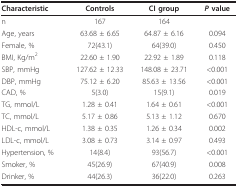
<table><thead><tr><td><b>Characteristic</b></td><td><b>Controls</b></td><td><b>CI group</b></td><td><b><i>P </i>value</b></td></tr></thead><tbody><tr><td>n</td><td>167</td><td>164</td><td></td></tr><tr><td>Age, years</td><td>63.68 ± 6.65</td><td>64.87 ± 6.16</td><td>0.094</td></tr><tr><td>Female, %</td><td>72(43.1)</td><td>64(39.0)</td><td>0.450</td></tr><tr><td>BMI, Kg/m<sup>2</sup></td><td>22.60 ± 1.90</td><td>22.92 ± 1.89</td><td>0.118</td></tr><tr><td>SBP, mmHg</td><td>127.62 ± 12.33</td><td>148.08 ± 23.71</td><td>&lt;0.001</td></tr><tr><td>DBP, mmHg</td><td>75.12 ± 6.20</td><td>85.63 ± 13.56</td><td>&lt;0.001</td></tr><tr><td>CAD, %</td><td>5(3.0)</td><td>15(9.1)</td><td>0.019</td></tr><tr><td>TG, mmol/L</td><td>1.28 ± 0.41</td><td>1.64 ± 0.61</td><td>&lt;0.001</td></tr><tr><td>TC, mmol/L</td><td>5.17 ± 0.86</td><td>5.13 ± 1.12</td><td>0.670</td></tr><tr><td>HDL-c, mmol/L</td><td>1.38 ± 0.35</td><td>1.26 ± 0.34</td><td>0.002</td></tr><tr><td>LDL-c, mmol/L</td><td>3.08 ± 0.73</td><td>3.14 ± 0.97</td><td>0.493</td></tr><tr><td>Hypertension, %</td><td>14(8.4)</td><td>93(56.7)</td><td>&lt;0.001</td></tr><tr><td>Smoker, %</td><td>45(26.9)</td><td>67(40.9)</td><td>0.008</td></tr><tr><td>Drinker, %</td><td>44(26.3)</td><td>36(22.0)</td><td>0.263</td></tr></tbody></table>